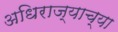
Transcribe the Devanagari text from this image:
अधिराज्याच्या